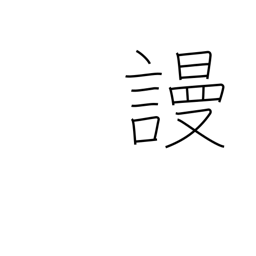
Meaning: despise